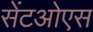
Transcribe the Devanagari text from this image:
सेंटओएस